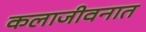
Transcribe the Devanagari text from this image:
कलाजीवनात